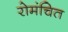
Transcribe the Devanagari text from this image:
रोमंचित